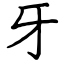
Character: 牙